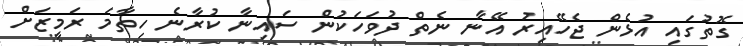
ގޮތުގައި އުޅެން ޖެހޭއިރު އޭނާ ނެތް ދުވަހަކުން ސައިނާ ކުރާނެ ހިތާމަ ރަމީޒަށް